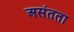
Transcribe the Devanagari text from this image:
असंतता